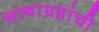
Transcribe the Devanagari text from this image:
सत्याग्रहांची